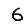
Digit: 6